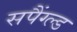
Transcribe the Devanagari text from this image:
सपैंग्ल्ड